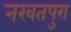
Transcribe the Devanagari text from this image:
नखतपुरा